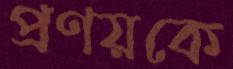
প্রণয়কে